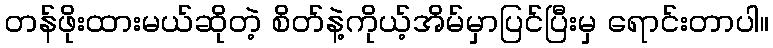
တန်ဖိုးထားမယ်ဆိုတဲ့ စိတ်နဲ့ကိုယ့်အိမ်မှာပြင်ပြီးမှ ရောင်းတာပါ။